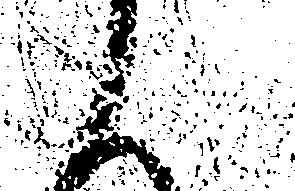
と